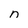
Character: n